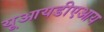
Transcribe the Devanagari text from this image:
यूआयडीएआय